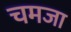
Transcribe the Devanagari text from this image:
चमजा